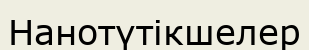
Нанотүтікшелер